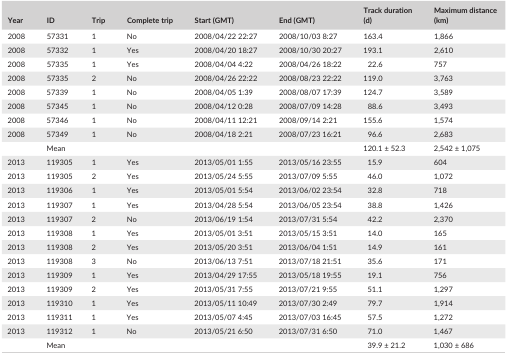
<table><thead><tr><td><b>Year</b></td><td><b>ID</b></td><td><b>Trip</b></td><td><b>Complete trip</b></td><td><b>Start (GMT)</b></td><td><b>End (GMT)</b></td><td><b>Track duration (d)</b></td><td><b>Maximum distance (km)</b></td></tr></thead><tbody><tr><td>2008</td><td>57331</td><td>1</td><td>No</td><td>2008/04/22 22:27</td><td>2008/10/03 8:27</td><td>163.4</td><td>1,866</td></tr><tr><td>2008</td><td>57332</td><td>1</td><td>Yes</td><td>2008/04/20 18:27</td><td>2008/10/30 20:27</td><td>193.1</td><td>2,610</td></tr><tr><td>2008</td><td>57335</td><td>1</td><td>Yes</td><td>2008/04/04 4:22</td><td>2008/04/26 18:22</td><td>22.6</td><td>757</td></tr><tr><td>2008</td><td>57335</td><td>2</td><td>No</td><td>2008/04/26 22:22</td><td>2008/08/23 22:22</td><td>119.0</td><td>3,763</td></tr><tr><td>2008</td><td>57339</td><td>1</td><td>No</td><td>2008/04/05 1:39</td><td>2008/08/07 17:39</td><td>124.7</td><td>3,589</td></tr><tr><td>2008</td><td>57345</td><td>1</td><td>No</td><td>2008/04/12 0:28</td><td>2008/07/09 14:28</td><td>88.6</td><td>3,493</td></tr><tr><td>2008</td><td>57346</td><td>1</td><td>No</td><td>2008/04/11 12:21</td><td>2008/09/14 2:21</td><td>155.6</td><td>1,574</td></tr><tr><td>2008</td><td>57349</td><td>1</td><td>No</td><td>2008/04/18 2:21</td><td>2008/07/23 16:21</td><td>96.6</td><td>2,683</td></tr><tr><td></td><td>Mean</td><td></td><td></td><td></td><td></td><td>120.1 ± 52.3</td><td>2,542 ± 1,075</td></tr><tr><td>2013</td><td>119305</td><td>1</td><td>Yes</td><td>2013/05/01 1:55</td><td>2013/05/16 23:55</td><td>15.9</td><td>604</td></tr><tr><td>2013</td><td>119305</td><td>2</td><td>Yes</td><td>2013/05/24 5:55</td><td>2013/07/09 5:55</td><td>46.0</td><td>1,072</td></tr><tr><td>2013</td><td>119306</td><td>1</td><td>Yes</td><td>2013/05/01 5:54</td><td>2013/06/02 23:54</td><td>32.8</td><td>718</td></tr><tr><td>2013</td><td>119307</td><td>1</td><td>Yes</td><td>2013/04/28 5:54</td><td>2013/06/05 23:54</td><td>38.8</td><td>1,426</td></tr><tr><td>2013</td><td>119307</td><td>2</td><td>No</td><td>2013/06/19 1:54</td><td>2013/07/31 5:54</td><td>42.2</td><td>2,370</td></tr><tr><td>2013</td><td>119308</td><td>1</td><td>Yes</td><td>2013/05/01 3:51</td><td>2013/05/15 3:51</td><td>14.0</td><td>165</td></tr><tr><td>2013</td><td>119308</td><td>2</td><td>Yes</td><td>2013/05/20 3:51</td><td>2013/06/04 1:51</td><td>14.9</td><td>161</td></tr><tr><td>2013</td><td>119308</td><td>3</td><td>No</td><td>2013/06/13 7:51</td><td>2013/07/18 21:51</td><td>35.6</td><td>171</td></tr><tr><td>2013</td><td>119309</td><td>1</td><td>Yes</td><td>2013/04/29 17:55</td><td>2013/05/18 19:55</td><td>19.1</td><td>756</td></tr><tr><td>2013</td><td>119309</td><td>2</td><td>Yes</td><td>2013/05/31 7:55</td><td>2013/07/21 9:55</td><td>51.1</td><td>1,297</td></tr><tr><td>2013</td><td>119310</td><td>1</td><td>Yes</td><td>2013/05/11 10:49</td><td>2013/07/30 2:49</td><td>79.7</td><td>1,914</td></tr><tr><td>2013</td><td>119311</td><td>1</td><td>Yes</td><td>2013/05/07 4:45</td><td>2013/07/03 16:45</td><td>57.5</td><td>1,272</td></tr><tr><td>2013</td><td>119312</td><td>1</td><td>No</td><td>2013/05/21 6:50</td><td>2013/07/31 6:50</td><td>71.0</td><td>1,467</td></tr><tr><td></td><td>Mean</td><td></td><td></td><td></td><td></td><td>39.9 ± 21.2</td><td>1,030 ± 686</td></tr></tbody></table>